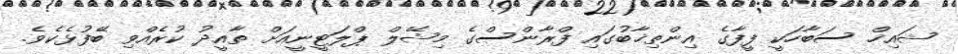
ޝައިޚް ސަބާހަކީ ފީފާގެ އިންތިޚާބުގައި ފްރާންސްގެ މިޝޭލް ޕްލަޓީނީއަށް ތާއީދު ކުރެއްވި ބޭފުޅެކެވެ.